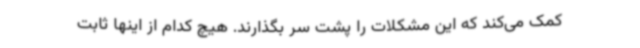
کمک می‌کند که این مشکلات را پشت سر بگذارند. هیچ کدام از اینها ثابت